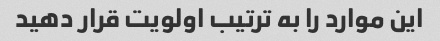
این موارد را به ترتیب اولویت قرار دهید